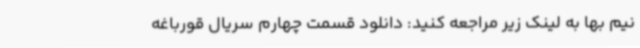
نیم بها به لینک زیر مراجعه کنید: دانلود قسمت چهارم سریال قورباغه